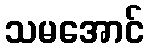
သမအောင်